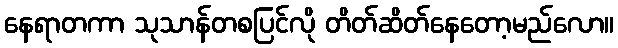
နေရာတကာ သုသာန်တစပြင်လို တိတ်ဆိတ်နေတော့မည်လော။